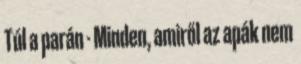
Túl a parán - Minden, amiről az apák nem